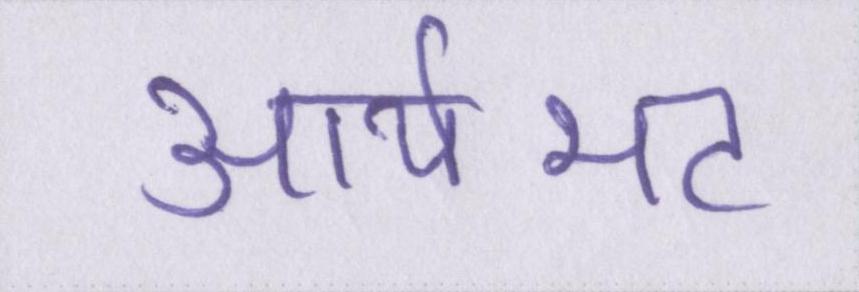
आर्यभट